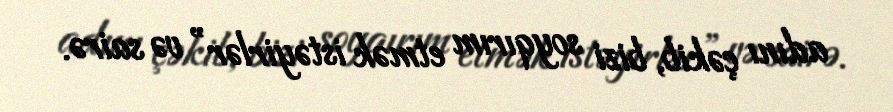
adını çəkib, bizi soyqırım etmək istəyirlər” və sairə.